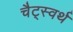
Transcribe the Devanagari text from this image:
चैट्स्वर्थ